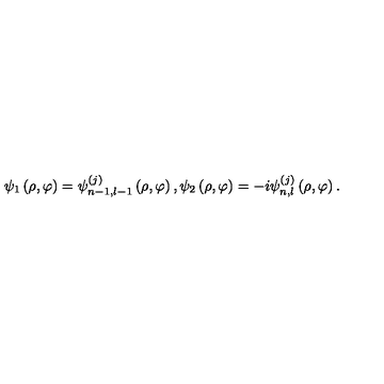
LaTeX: \psi _ { 1 } \left( \rho , \varphi \right) = \psi _ { n - 1 , l - 1 } ^ { \left( j \right) } \left( \rho , \varphi \right) , \psi _ { 2 } \left( \rho , \varphi \right) = - i \psi _ { n , l } ^ { \left( j \right) } \left( \rho , \varphi \right) .